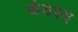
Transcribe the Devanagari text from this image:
कंठस्य